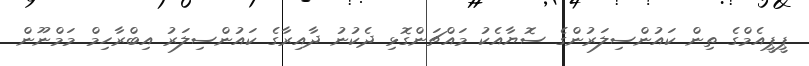
ޕީޕީއެެމްގެ ތިން ކައުންސިލަރުންގެ ސޮޔާއެކު މައްޗަންގޮޅި ދެކުނު ދާއިރާގެ ކައުންސިލަރު އިބްރާހިމް މަމްނޫން